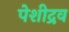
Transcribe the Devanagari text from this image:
पेशीद्रव